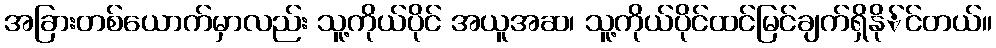
အခြားတစ်ယောက်မှာလည်း သူ့ကိုယ်ပိုင် အယူအဆ၊ သူ့ကိုယ်ပိုင်ထင်မြင်ချက်ရှိနို်င်တယ်။